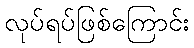
လုပ်ရပ်ဖြစ်ကြောင်း